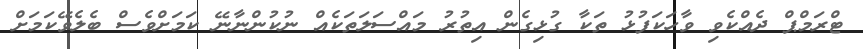
ޓްރަމްޕް ދެއްކެވި ވާހަކަފުޅު ތަކާ ގުޅިގެން އިތުރު މައްސަލަތަކެއް ނުކުންނާނޭ ކަމަށްވެސް ބެލެވޭކަމަށް